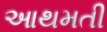
આથમતી